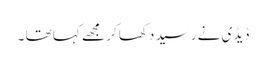
ڈیڈی نے رسید دکھا کر مجھے کہا تھا ۔